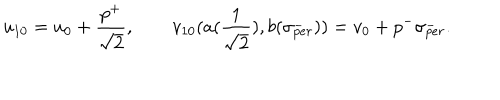
u _ { 1 0 } = u _ { 0 } + { { \frac { p ^ { + } } { \sqrt { 2 } } } } , \qquad v _ { 1 0 } ( a ( { \frac 1 { \sqrt { 2 } } } ) , b ( \sigma _ { p e r } ^ { - } ) ) = v _ { 0 } + p ^ { - } \sigma _ { p e r } ^ { - } .